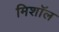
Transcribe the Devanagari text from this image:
मिशॉल